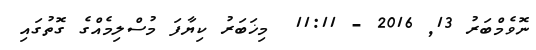
ނޮވެމްބަރު 13